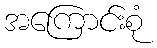
အကြောင်းစုံ